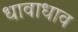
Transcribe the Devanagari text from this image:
धावाधाव